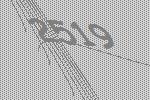
2519